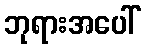
ဘုရားအပေါ်